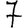
Digit: 7